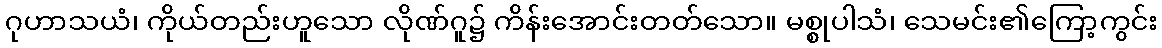
ဂုဟာသယံ၊ ကိုယ်တည်းဟူသော လိုဏ်ဂူ၌ ကိန်းအောင်းတတ်သော။ မစ္စုပါသံ၊ သေမင်း၏ကြော့ကွင်း